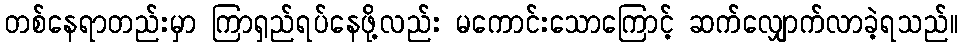
တစ်နေရာတည်းမှာ ကြာရှည်ရပ်နေဖို့လည်း မကောင်းသောကြောင့် ဆက်လျှောက်လာခဲ့ရသည်။